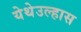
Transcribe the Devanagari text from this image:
येथेउल्हास